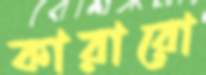
কারারো